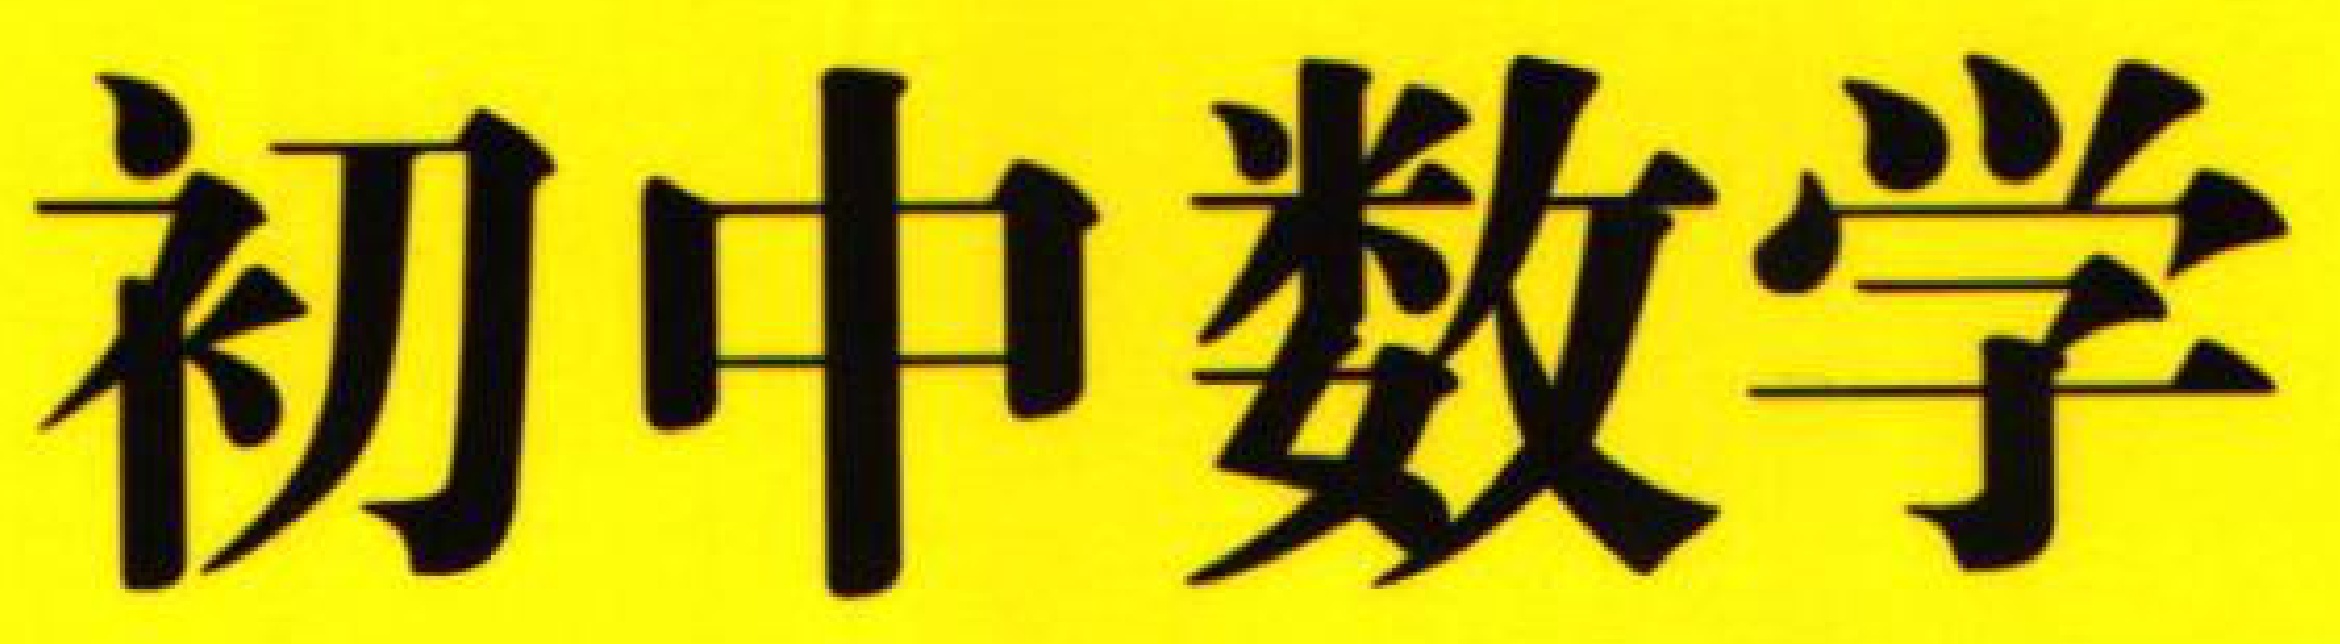
初中数学